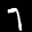
Label: 7